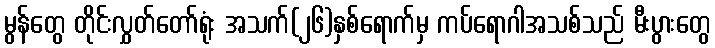
မွန်တွေ တိုင်းလွှတ်တော်ရုံး အသက်(၂၆)နှစ်ရောက်မှ ကပ်ရောဂါအသစ်သည် မီးပွားတွေ